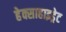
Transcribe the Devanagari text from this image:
हेक्साहाइड्रेट